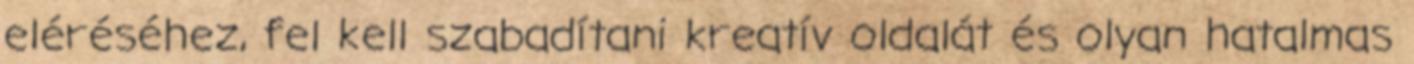
eléréséhez, fel kell szabadítani kreatív oldalát és olyan hatalmas